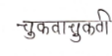
मजकूर: चुकवाचुकवी